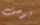
بوصف